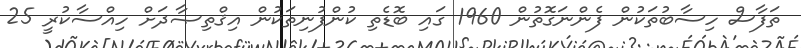
ތަފާސް ހިސާބުތަކުން ފެންނަގޮތުން 1960 ގައި ބޮޑެތި ކުންފުނިތަކުން އިޤްތިޞާދަށް ހިއްސާކުރީ 25